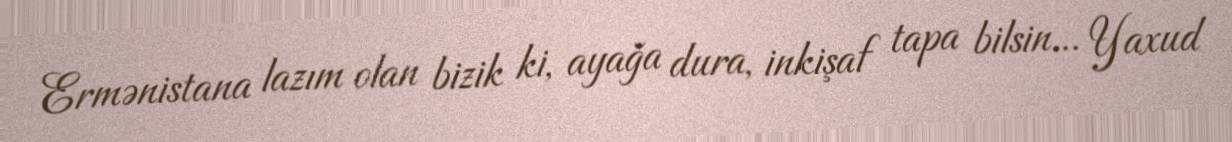
Ermənistana lazım olan bizik ki, ayağa dura, inkişaf tapa bilsin... Yaxud